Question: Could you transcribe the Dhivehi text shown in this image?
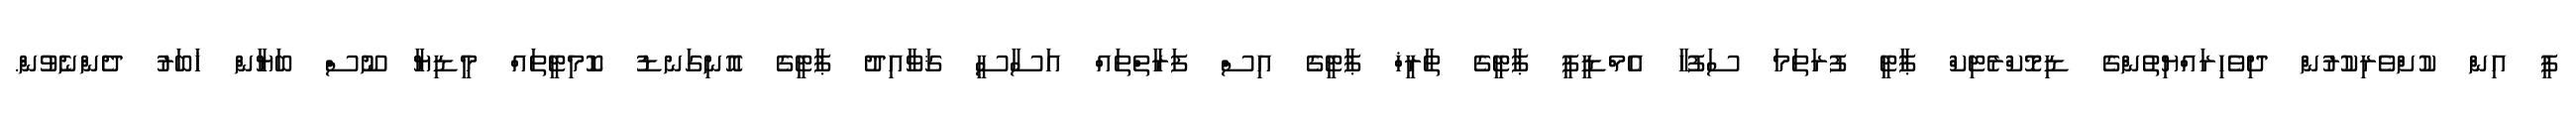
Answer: ޕީ އިން ކުށްވެރިކުރުން ދިވެހިރައްޔިތުންގެ ޑިމޮކްރެޓިކް ޕާޓީ ފުރަތަމަ ސަފުހާ އެމްޑީޕީ ޕާޓީގެ ތާރީޚް ޕާޓީގެ އިސް ފަރާތްތައް އަސާސީ ޤަވާއިދު ޕާޓީގެ އޮނިގަނޑު ކޮމިޓީތައް މީޑިޔާ ނޫސް ބަޔާން ޚަބަރު ދެންނެވުން.